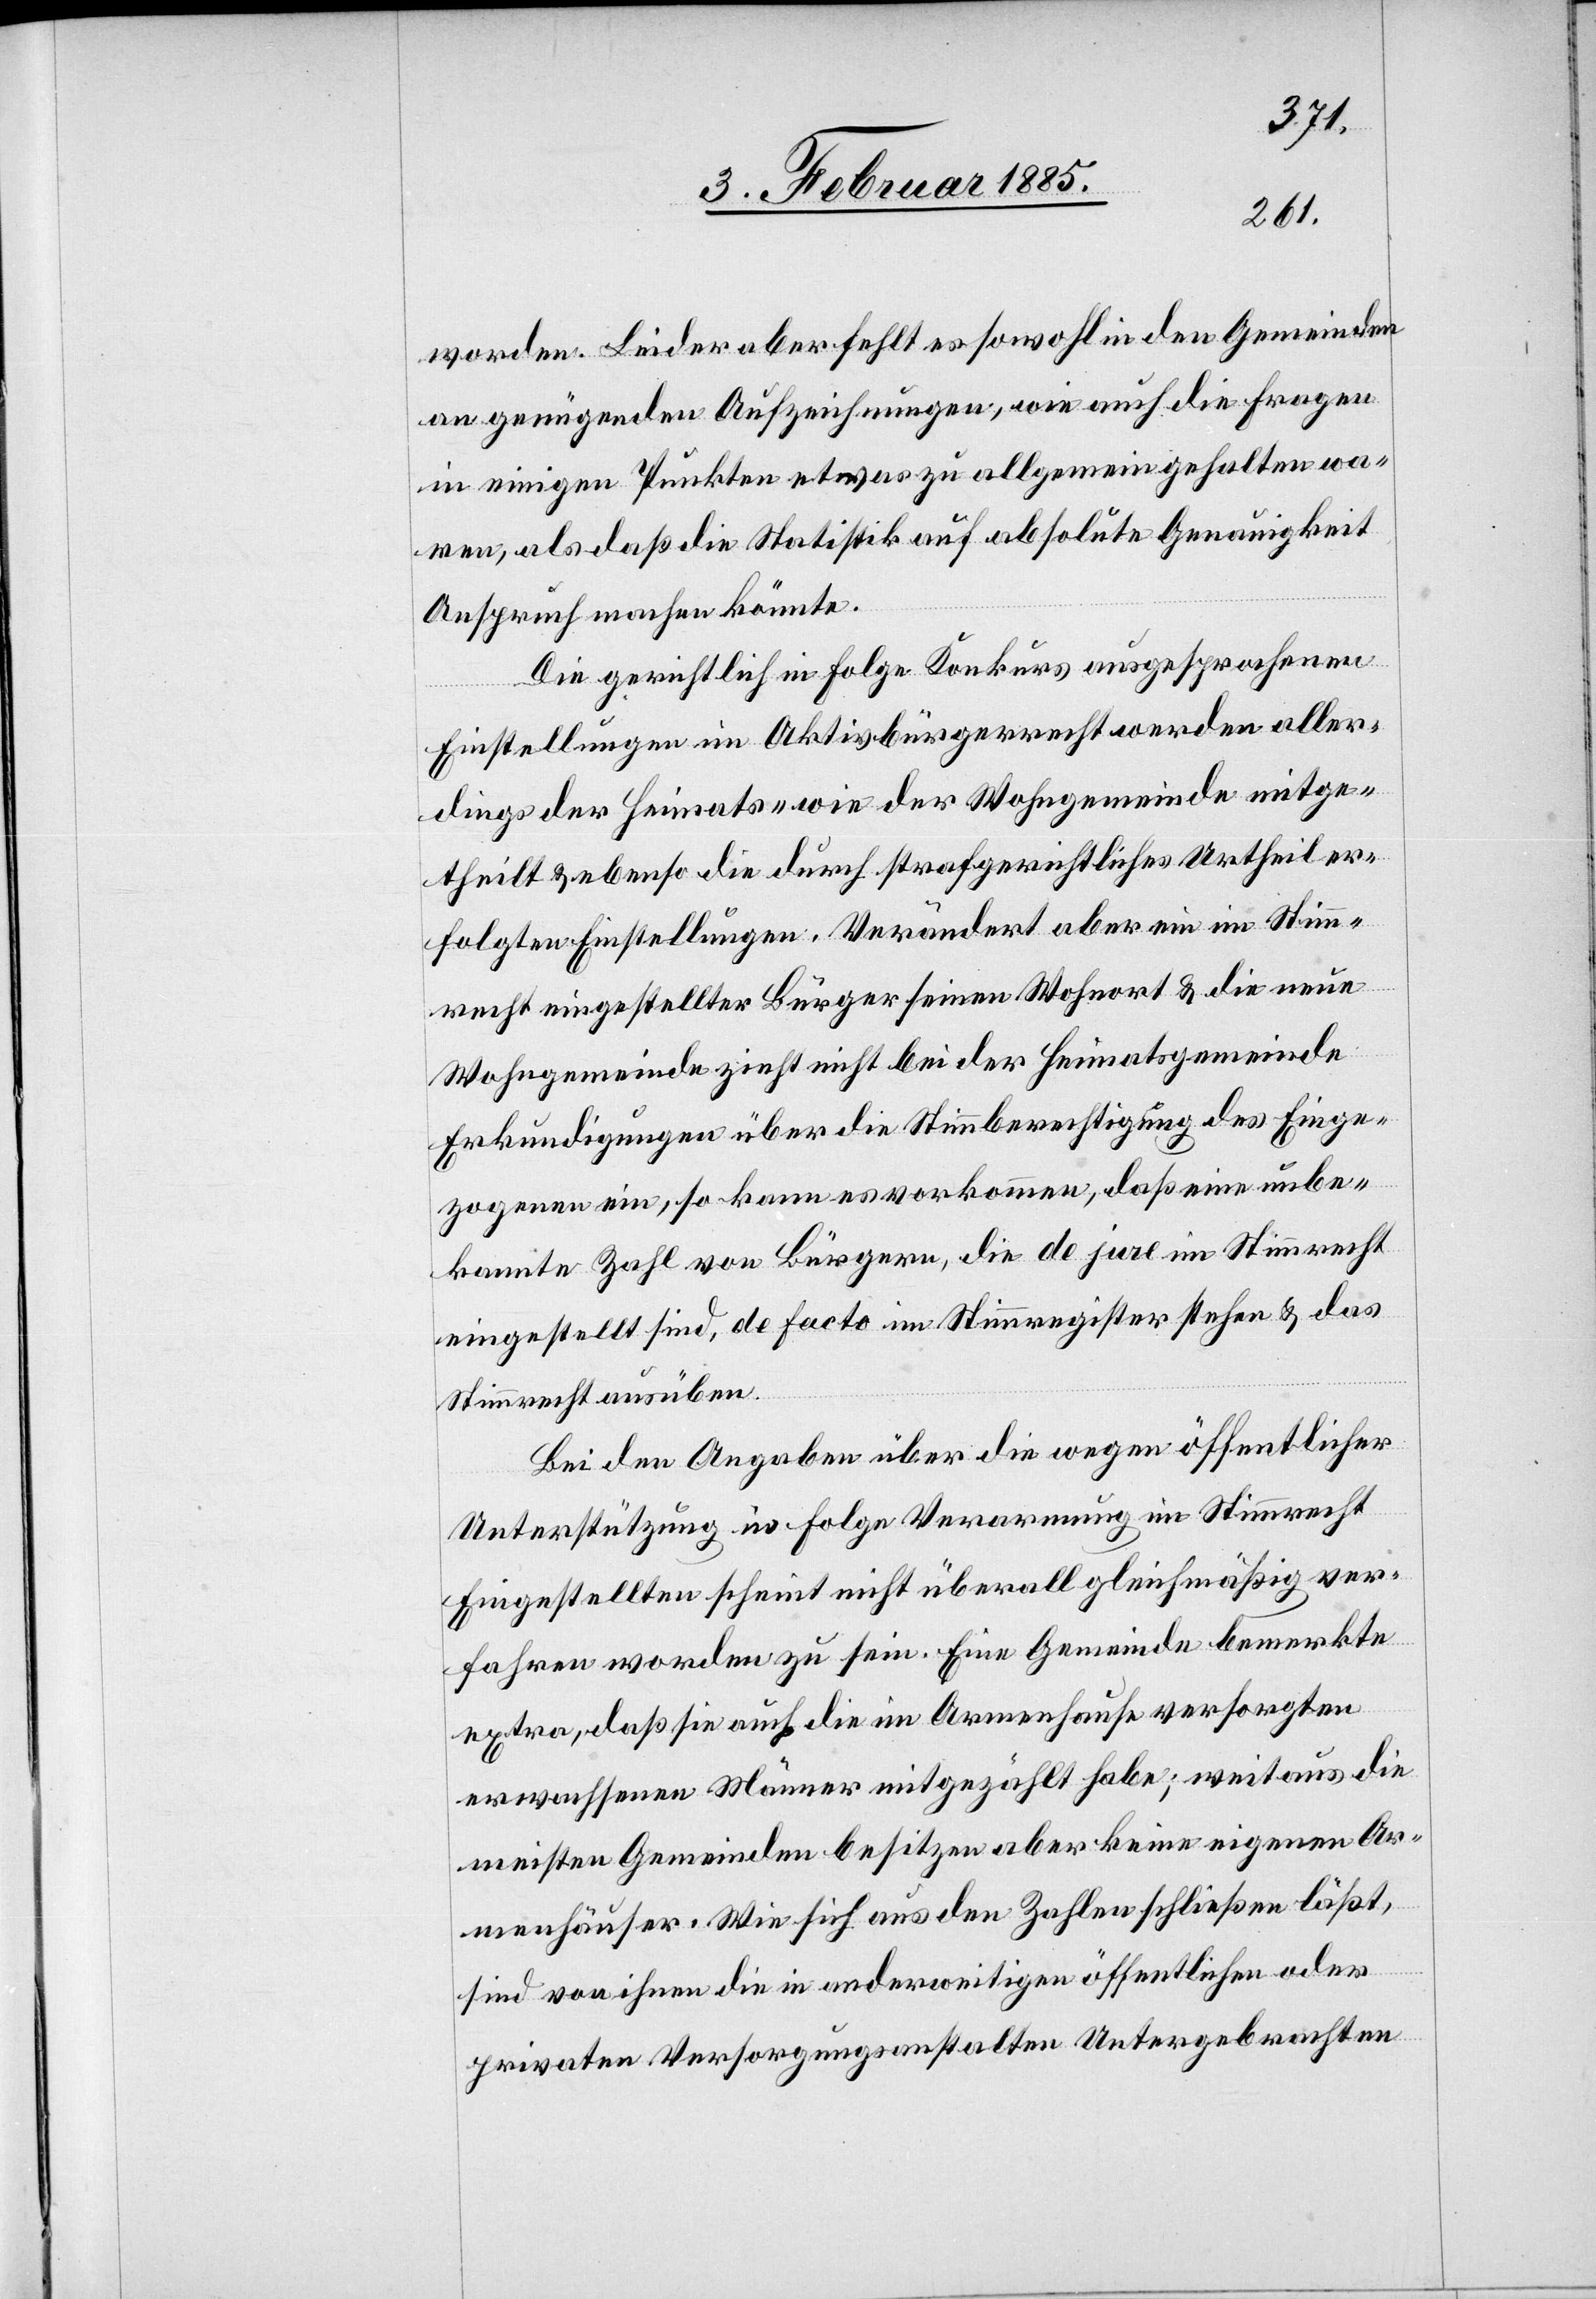
worden. Leider aber fehlt es sowohl in den Gemeinden
an genügenden Aufzeichnungen, wie auch die Fragen
in einigen Punkten etwas zu allgemein gehalten wa¬
ren, als daß die Statistik auf absolute Genauigkeit
Anspruch machen könnte.
Die gerichtlich in Folge Konkurs ausgesprochenen
Einstellungen im Aktivbürgerrecht werden aller¬
dings der Heimats- wie der Wohngemeinde einge¬
theilt & ebenso die durch strafgerichtliches Urtheil er¬
folgten Einstellungen. Verändert aber ein im Stim¬
mrecht eingestellter Bürger seinen Wohnort & die neue
Wohngemeinde zieht nicht bei der Heimatsgemeinde
Erkundigungen über die Stimmberechtigung des Einge¬
zogenen ein, so kann es vorkommen, daß eine unbe¬
kannte Zahl von Bürgern, die de jure im Stimmrecht
eingestellt sind, de facto im Stimmregister stehen & das
Stimmrecht ausüben.
Bei den Angaben über die wegen öffentlicher
Unterstützung in folge Verarmung im Stimmrecht
Eingestellten scheint nicht überall gleichmäßig ver¬
fahren worden zu sein. Eine Gemeinde bemerkte
extra, daß sie auch die im Armenhause versorgten
erwachsenen Männer mitgezählt habe; weitaus die
meisten Gemeinden besitzen aber keine eigenen Ar¬
menhäuser. Wie sich aus den Zahlen schließen läßt,
sind von ihnen die in anderweitigen öffentlichen oder
privaten Versorgungsanstalten Untergebrachten